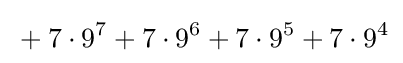
{}+7\cdot 9^{7}+7\cdot 9^{6}+7\cdot 9^{5}+7\cdot 9^{4}